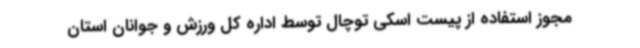
مجوز استفاده از پیست اسکی توچال توسط اداره کل ورزش و جوانان استان